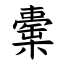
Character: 㯱